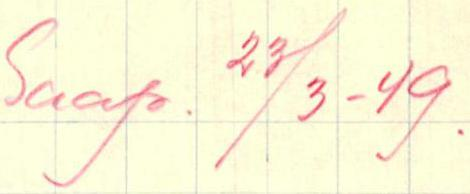
Saap. 23/3-49.